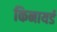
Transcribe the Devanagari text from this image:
किनायर्ड